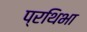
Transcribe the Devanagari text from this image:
प्रथिभा